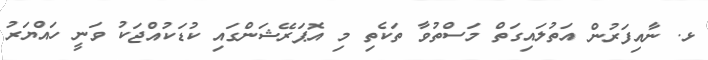
ޅ. ނާއިފަރުން އަތުލައިގަތް މަސްތުވާ ތަކެތި މި އޮޕަރޭޝަންގައި ކުޑަކުއްޖަކު ވަނީ ހައްޔަރު